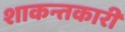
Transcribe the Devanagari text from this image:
शाकन्तकारी